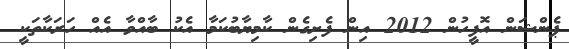
ޕެންޝަން އޮފީހުން 2012 އިން ފެށިގެން ކާމިޔާބުކަމާ އެކު ބާއްވާ އެއް ހަރަކާތަކީ